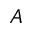
A